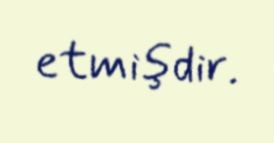
etmişdir.